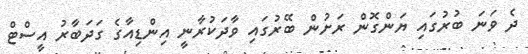
ދެ ވަނަ ބުރުގައި ޔަންގޮން ރަށުން ބޭރުގައި ވާދަކުރާނީ އިންޑިއާގެ ގަދަބާރު އީސްޓް